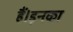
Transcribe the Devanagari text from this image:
हैं।इनका